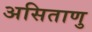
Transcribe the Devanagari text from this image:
असिताणु